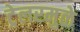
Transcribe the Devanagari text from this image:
ट्रेलरमुळे